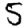
Digit: 5